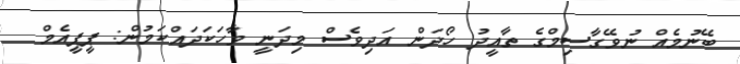
ބޭނުމެއް ނުވޭގާސިމްގެ ތާއީދު ހޯދަން އަދިވެސް މިދަނީ ވާހަކަދައްކަމުން: ޕީޕީއެމް